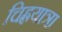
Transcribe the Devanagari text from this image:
चिह्लयात्रा